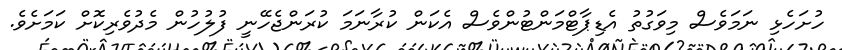
ހުށަހެޅި ނަމަވެސް މިވަގުތު އެޑިޕާޓްމަންޓުންވެސް އެކަން ކުރާނަމަ ކުރަންޖެހޭނީ ފުލުހުން މެދުވެރިކޮށް ކަމަށެވެ.